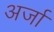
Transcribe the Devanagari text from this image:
अर्जा